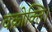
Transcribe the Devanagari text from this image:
वक्रोक्ति।